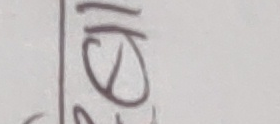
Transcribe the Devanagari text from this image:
ण